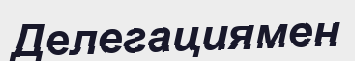
Делегациямен